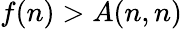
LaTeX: f(n)>A(n,n)